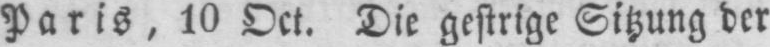
Paris, 10 Oct. Die gestrige Sitzung der